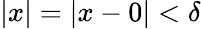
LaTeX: |x|=|x-0|<\delta